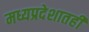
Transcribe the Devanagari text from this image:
मध्यप्रदेशातही